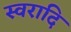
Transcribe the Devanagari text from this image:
स्वरादि